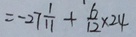
= - 2 7 \frac { 1 } { 1 1 } + \frac { 6 } { 1 2 } \times 2 4